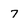
Character: 7